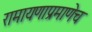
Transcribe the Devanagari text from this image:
रामायणाप्रमाणेच